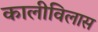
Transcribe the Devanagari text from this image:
कालीविलास